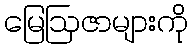
မြေဩဇာများကို